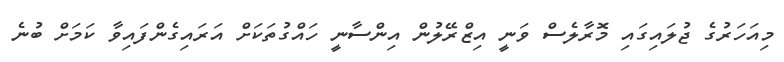
މިއަހަރުގެ ޖުލައިގައި މޮރާލެސް ވަނީ އިޒްރޭލުން އިންސާނީ ހައްގުތަކަށް އަރައިގެންފައިވާ ކަމަށް ބުނެ